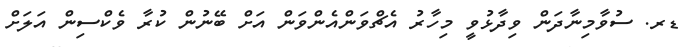
ޑރ. ސުވާމިނާދަން ވިދާޅުވީ މިހާރު އެޗްވަންއެންވަން އަށް ބޭނުން ކުރާ ވެކްސިން އަލަށް